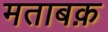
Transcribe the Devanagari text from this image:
मताबक़